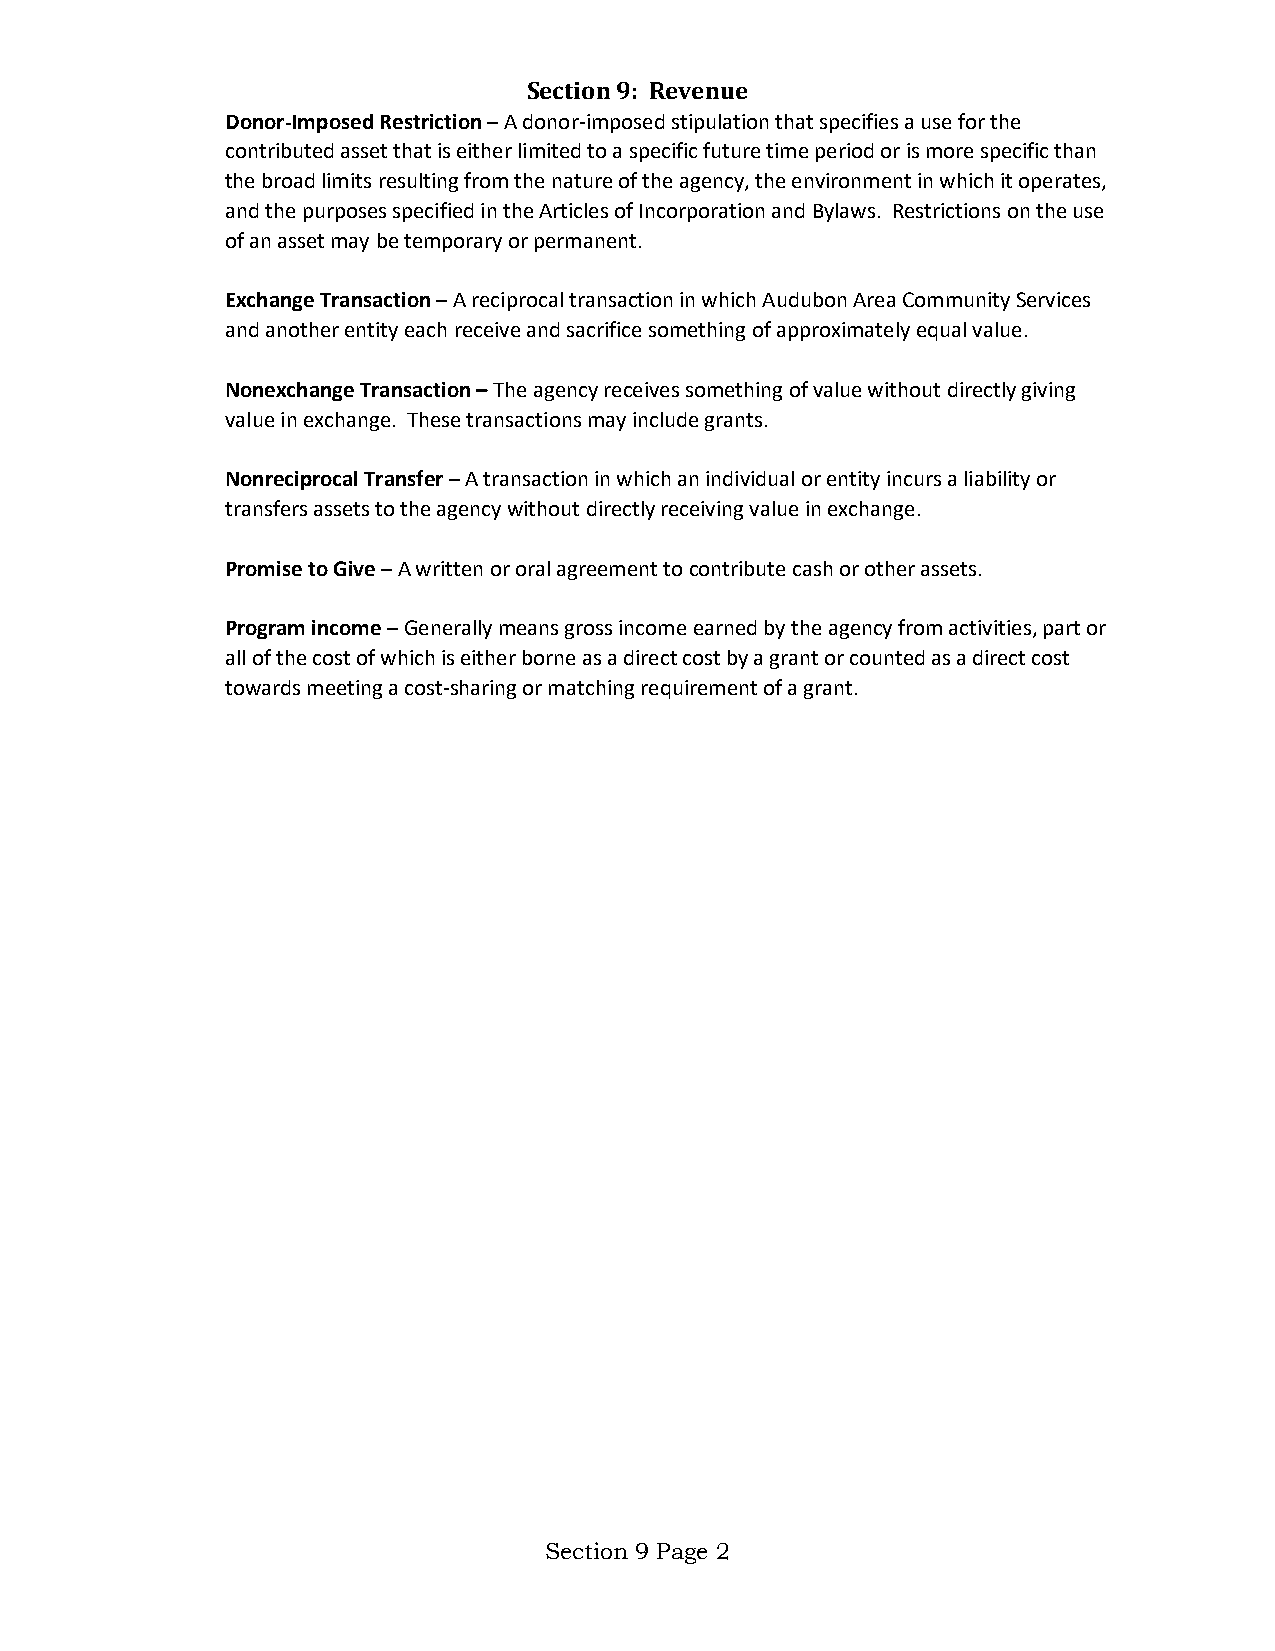
Section 9: Revenue
 Donor-Imposed Restriction – A donor-imposed stipulation that specifies a use for the
 contributed asset that is either limited to a specific future time period or is more specific than
 the broad limits resulting from the nature of the agency, the environment in which it operates,
 and the purposes specified in the Articles of Incorporation and Bylaws. Restrictions on the use
 of an asset may be temporary or permanent.
 Exchange Transaction – A reciprocal transaction in which Audubon Area Community Services
 and another entity each receive and sacrifice something of approximately equal value.
 Nonexchange Transaction – The agency receives something of value without directly giving
 value in exchange. These transactions may include grants.
 Nonreciprocal Transfer – A transaction in which an individual or entity incurs a liability or
 transfers assets to the agency without directly receiving value in exchange.
 Promise to Give – A written or oral agreement to contribute cash or other assets.
 Program income – Generally means gross income earned by the agency from activities, part or
 all of the cost of which is either borne as a direct cost by a grant or counted as a direct cost
 towards meeting a cost-sharing or matching requirement of a grant.
 Section 9 Page 2